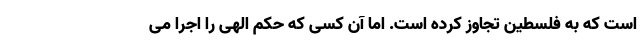
است که به فلسطین تجاوز کرده است. اما آن کسی که حکم الهی را اجرا می